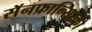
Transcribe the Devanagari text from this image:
सॅनफ्रान्सिस्को